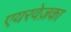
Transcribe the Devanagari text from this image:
एयरवेज़का